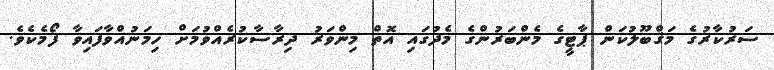
ސަރުކާރުގެ މަޤްބޫލުކަން ޕާޓީގެ މެންބަރުންގެ މެދުގައި އޮތް މިންވަރު ދިރާސާކުރެއްވުމަށް ހިމަނުއްވާފައިވާ ފޯމެކެވެ.